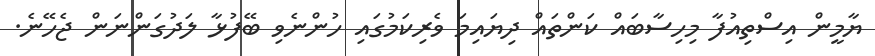
ޔާމީން އިސްތިއުފާ މިހިސާބައް ކަންތައް ދިޔައިމަ ވެރިކަމުގައި ހުންނެވި ބޭފުޅާ ލަދުގަންނަން ޖެހޭނެ.